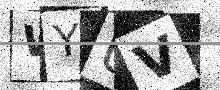
Text: WYUV